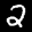
Label: 2